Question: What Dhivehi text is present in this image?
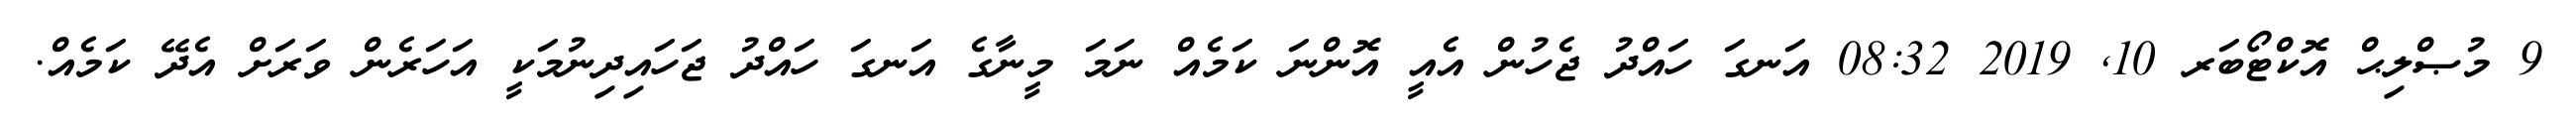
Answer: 9 މުޞްލިޙް އޮކްޓޯބަރ 10, 2019 08:32 އަނގަ ހައްދު ޖެހުން އެއީ އޮންނަ ކަމެއް ނަމަ މީނާގެ އަނގަ ހައްދު ޖަހައިދިނުމަކީ އަހަރެން ވަރަށް އެދޭ ކަމެއް.